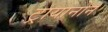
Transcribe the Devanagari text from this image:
ट्रायानोन